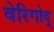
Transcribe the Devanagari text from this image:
वेरिगोद्